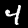
Label: 4